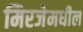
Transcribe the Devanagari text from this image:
मिरजेमधील